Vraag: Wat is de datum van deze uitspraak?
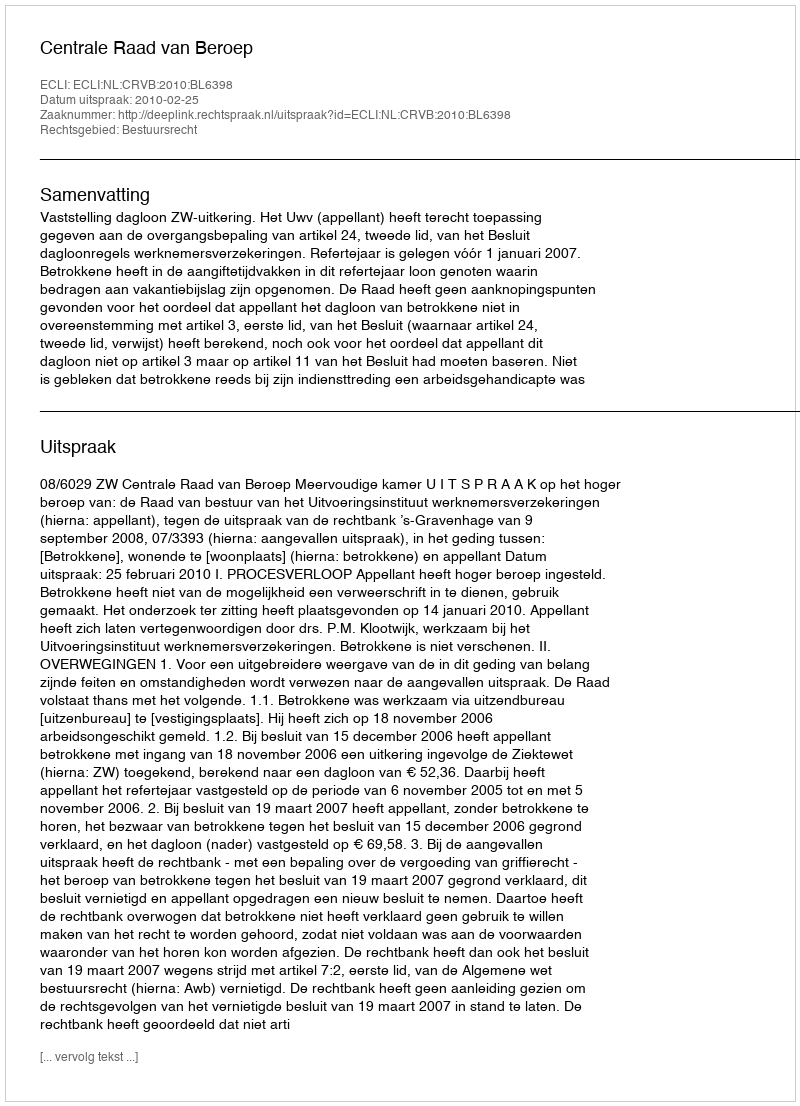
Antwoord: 2010-02-25